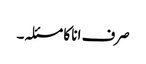
صرف انا کا مسئلہ۔